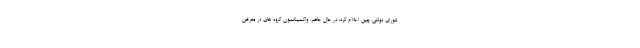
شورای دولتی چین اعلام کرد: در حال حاضر، واکسیناسیون گروه های در معرض